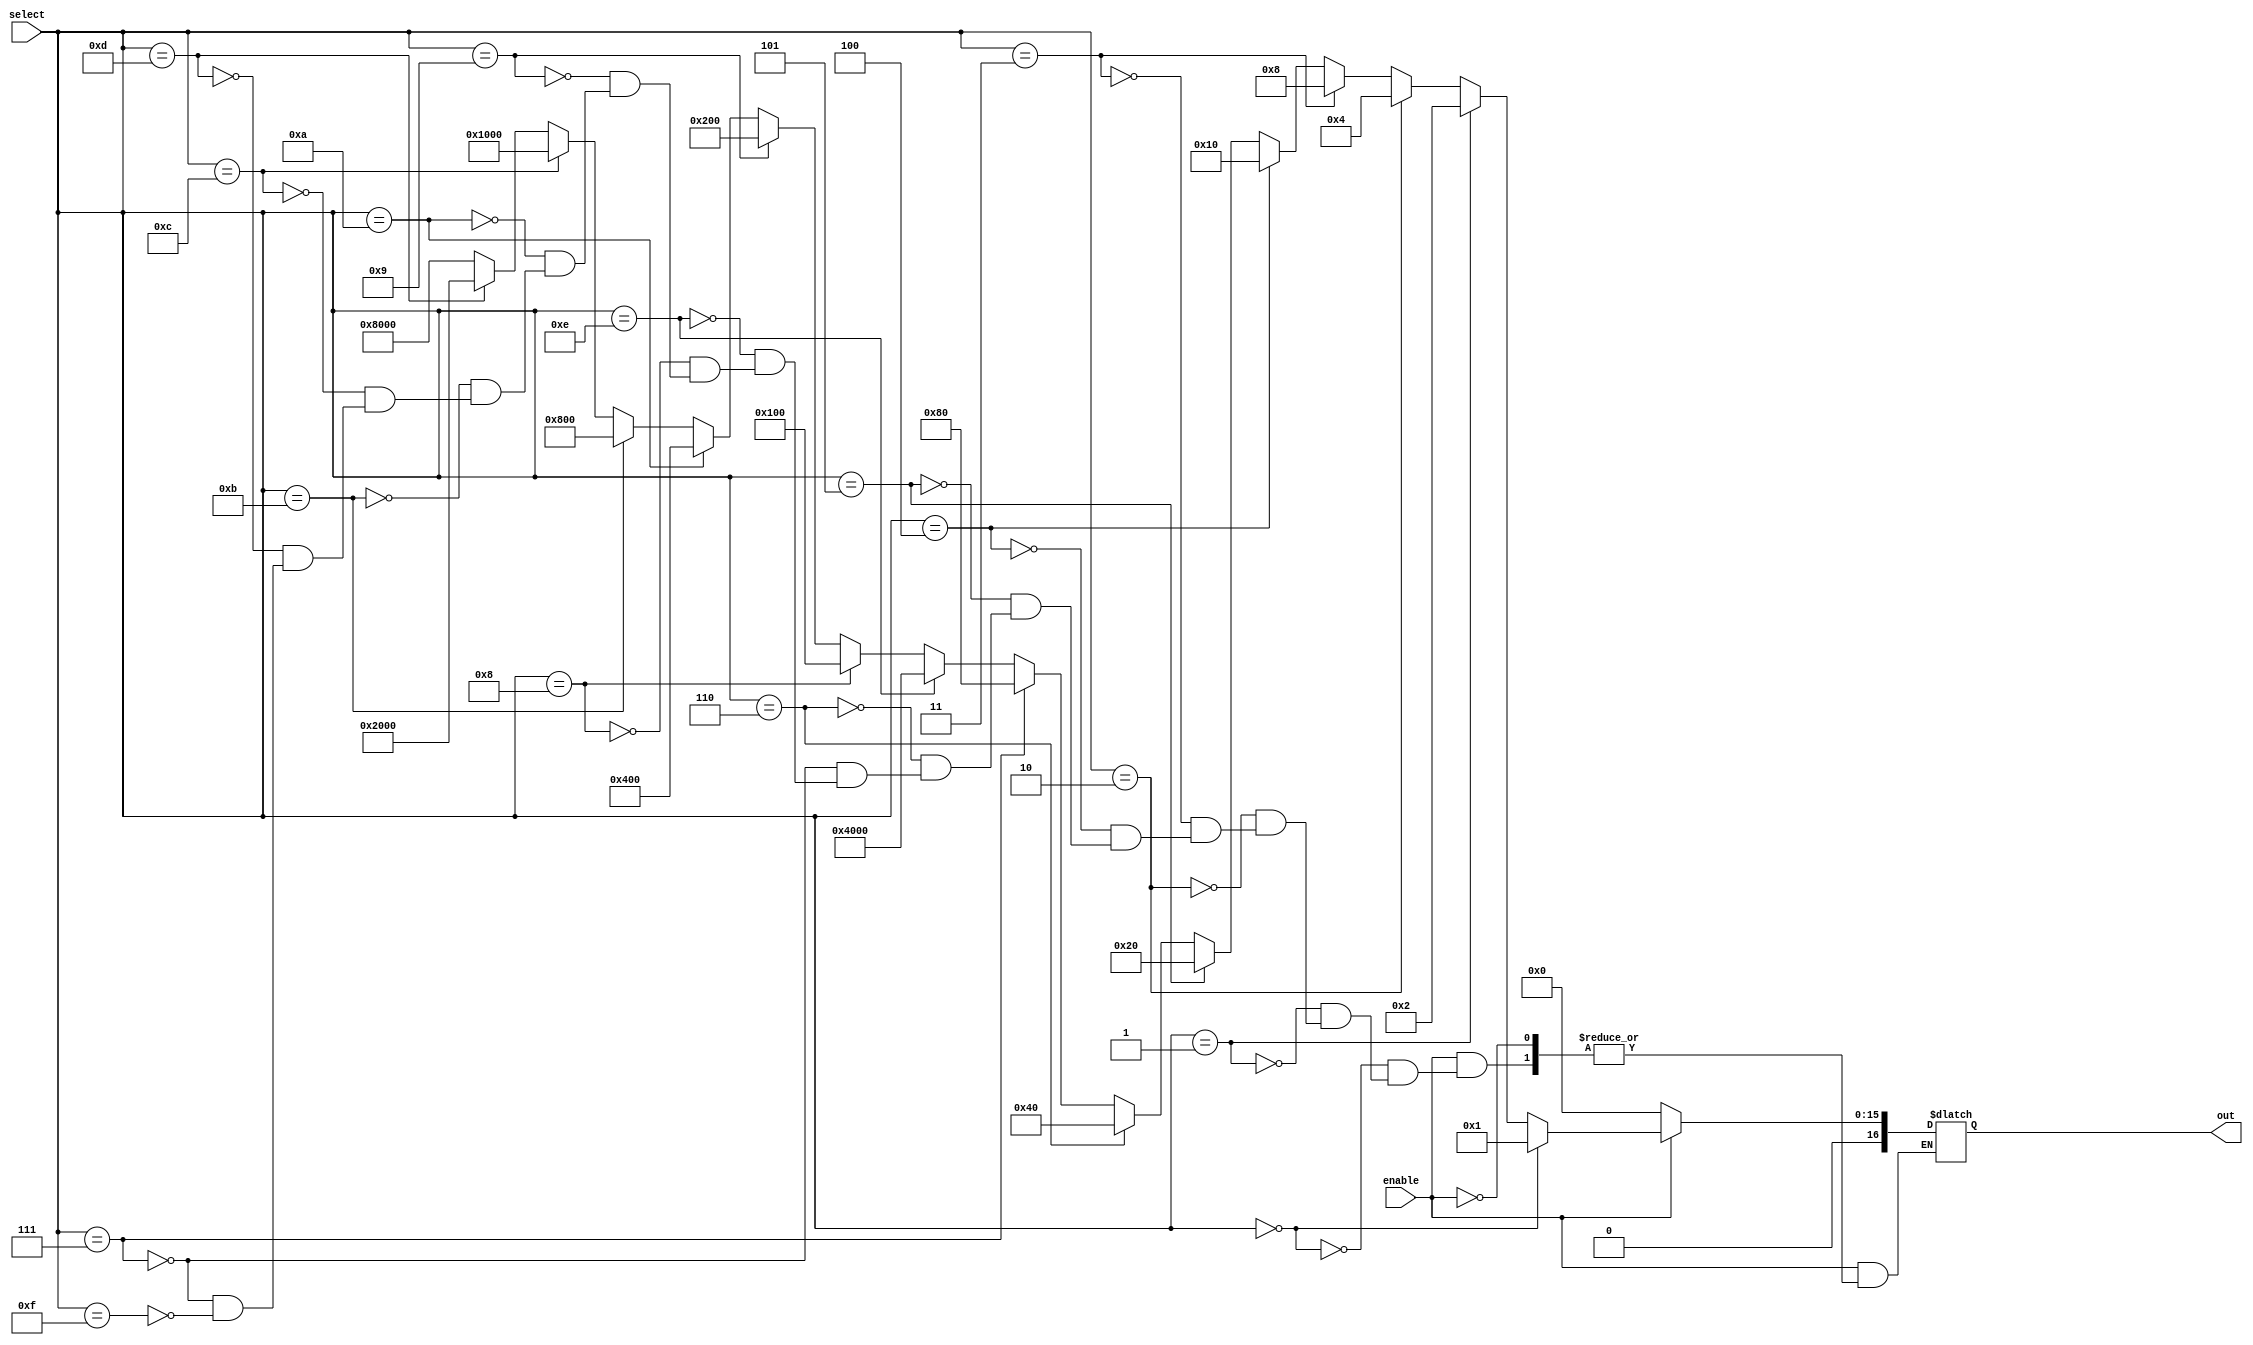
module Decoder4x16 (input [3:0] select, input enable, output reg [16:0] out);

always @(select, enable)
begin

    if(enable == 1'b0)
        out = 16'b0000000000000000;
    else if(enable == 1'b1)
        if(select == 4'b0000)
            out <= 16'b0000000000000001;
        else if(select == 4'b0001)
            out <= 16'b0000000000000010;
        else if(select == 4'b0010)
            out <= 16'b0000000000000100;
        else if(select == 4'b0011)
            out <= 16'b0000000000001000;
        else if(select == 4'b0100)
            out <= 16'b0000000000010000;
        else if(select == 4'b0101)
            out <= 16'b0000000000100000;
        else if(select == 4'b0110)
            out <= 16'b0000000001000000;
        else if(select == 4'b0111)
            out <= 16'b0000000010000000;
             else if(select == 4'b1110)
            out <= 16'b0100000000000000;
        else if(select == 4'b1000)
            out <= 16'b0000000100000000;
        else if(select == 4'b1001)
            out <= 16'b0000001000000000;
        else if(select == 4'b1010)
            out <= 16'b0000010000000000;
        else if(select == 4'b1011)
            out <= 16'b0000100000000000;
        else if(select == 4'b1100)
            out <= 16'b0001000000000000;
        else if(select == 4'b1101)
            out <= 16'b0010000000000000;
        else if(select == 4'b111)
            out <= 16'b0100000000000000;
        else if(select == 4'b1111)
            out <= 16'b1000000000000000;
    end

endmodule